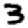
Digit: 3